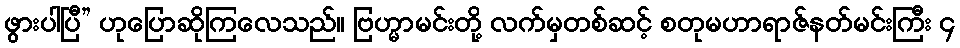
ဖွားပါပြီ” ဟုပြောဆိုကြလေသည်။ ဗြဟ္မာမင်းတို့ လက်မှတစ်ဆင့် စတုမဟာရာဇ်နတ်မင်းကြီး ၄